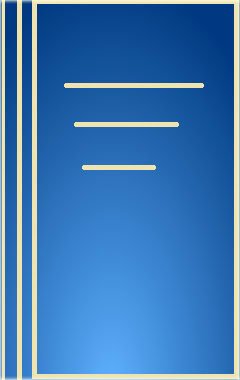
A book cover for Colyer's Variations and Diseases of the Teeth of Animals; Medical Books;